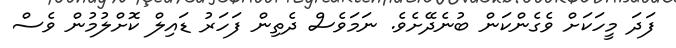
ފަދަ މީހަކަށް ވެގެންކަން ބުނެދޭށެވެ. ނަމަވެސް ދެތިން ފަހަރު ޑައިލް ކޮށްލުމުން ވެސް